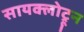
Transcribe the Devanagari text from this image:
सायक्लोट्रून